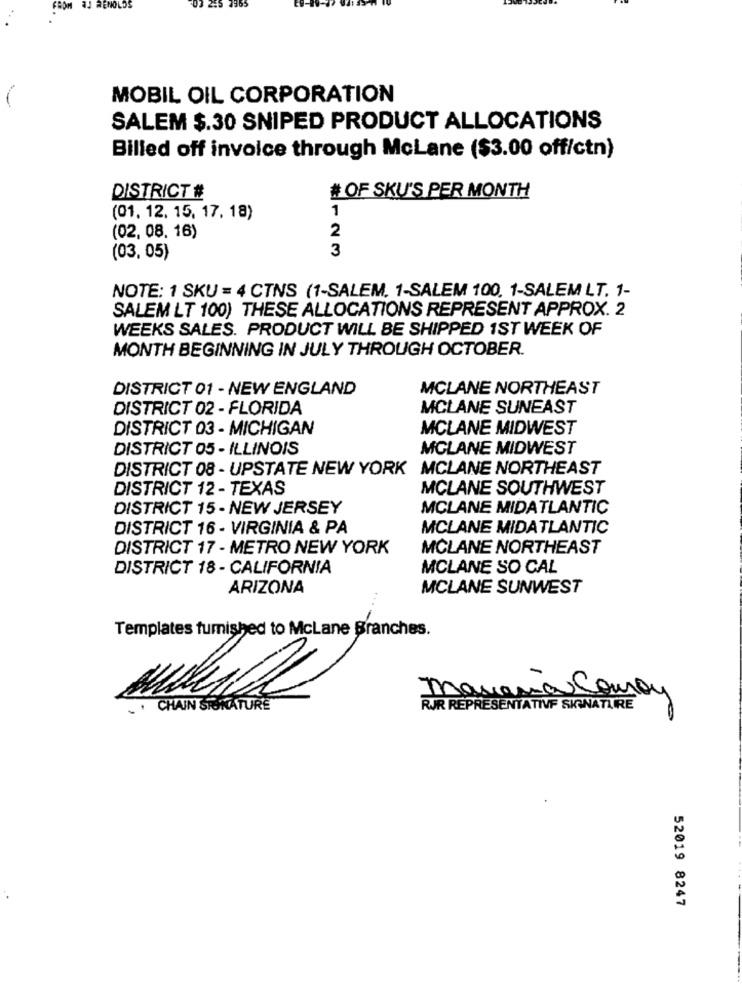
AJ RENOLOS
MOBIL OIL CORPORATION
SALEM $.30 SNIPED PRODUCT ALLOCATIONS
Billed off invoice through McLane ($3.00 off/ctn)
DISTRICT #
# OF SKU'S PER MONTH
1
(01. 12. 15, 17, 18)
2
(02, 08. 16)
3
(03, 05)
NOTE: 1 SKU = 4 CTNS (1-SALEM. 1-SALEM 100. 1-SALEM LT. 1-
SALEM LT 100) THESE ALLOCATIONS REPRESENT APPROX. 2
WEEKS SALES. PRODUCT WILL BE SHIPPED 1ST WEEK OF
MONTH BEGINNING IN JULY THROUGH OCTOBER.
DISTRICT 01 - NEW ENGLAND
MCLANE NORTHEAST
DISTRICT 02 - FLORIDA
MCLANE SUNEAST
DISTRICT 03 - MICHIGAN
MCLANE MIDWEST
DISTRICT 05 - ILLINOIS
MGLANE MIDWEST
DISTRICT 08 - UPSTATE NEW YORK
MCLANE NORTHEAST
DISTRICT 12 - TEXAS
MCLANE SOUTHWEST
DISTRICT 15 - NEW JERSEY
MCLANE MIDATLANTIC
DISTRICT 16 - VIRGINIA & PA
MCLANE MIDATLANTIC
DISTRICT 17 - METRO NEW YORK
MCLANE NORTHEAST
DISTRICT 18 - CALIFORNIA
MCLANE SO CAL
ARIZONA
MCLANE SUNWEST
-
Templates furnished to McLane Branches.
-
Manana Couron
. CHAIN STUNATURE
RJR REPRESENTATIVE SIGNATURE
52019 8247